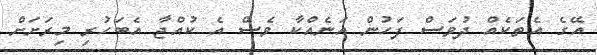
އޭގެ އެތަކެއް ދުވަސް ފަހުން އަނެއްކާ ވެސް އެ ކުއްޖާ އެބަހުރި މިރަށަށް